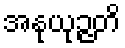
အနုယုဉ္ဇတိ